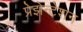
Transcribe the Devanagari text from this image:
प्रेझेन्टेशन